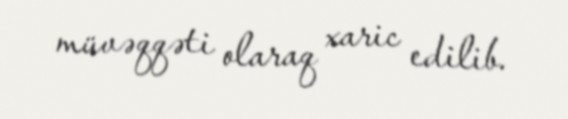
müvəqqəti olaraq xaric edilib.